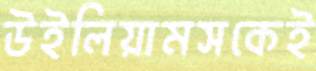
উইলিয়ামসকেই